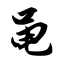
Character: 黾